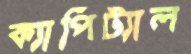
ক্যাপিট্যাল